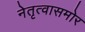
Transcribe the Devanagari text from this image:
नेतृत्वासमोर